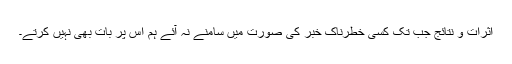
اثرات و نتائج جب تک کسی خطرناک خبر کی صورت میں سامنے نہ آئے ہم اس پر بات بھی نہیں کرتے۔